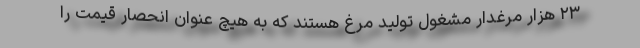
۲۳ هزار مرغدار مشغول تولید مرغ هستند که به هیچ عنوان انحصار قیمت را